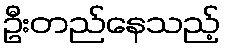
ဦးတည်နေသည့်